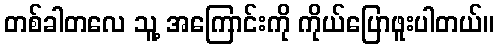
တစ်ခါတလေ သူ့ အကြောင်းကို ကိုယ်ပြောဖူးပါတယ်။